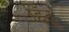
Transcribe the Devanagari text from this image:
हिँदू